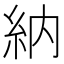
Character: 納